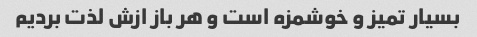
بسیار تمیز و خوشمزه است و هر باز ازش لذت بردیم